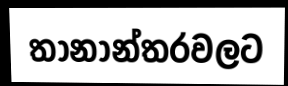
තානාන්තරවලට